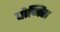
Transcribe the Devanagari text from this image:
पोप्पिंस